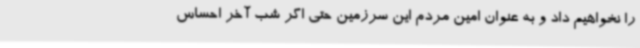
را نخواهیم داد و به عنوان امین مردم این سرزمین حتی اگر شب آخر احساس